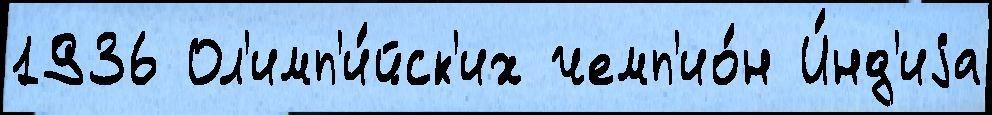
1936 Ол'имп'и́йск'их чемп'ио́н И́нд'иjа